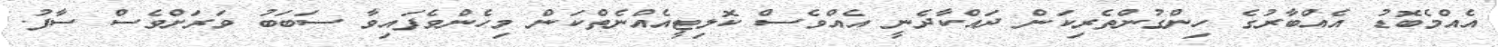
އެއްމެބޮޑު އެއްބާރުގެ ހިންގުންތެރިކަން ދައްކާދެނީ އެއްވެސް ކޮލިޓީއެއްނެތްކަން މިހެންވެފައިވާ ސަބަބު ވަރަށްވެސް ސާފު.